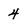
Character: 4